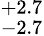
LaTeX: ^{+2.7}_{-2.7}